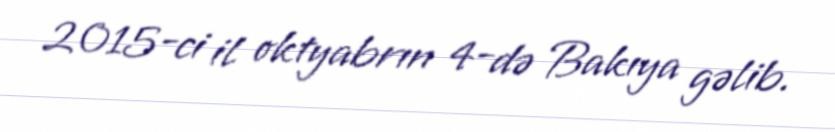
2015-ci il oktyabrın 4-də Bakıya gəlib.